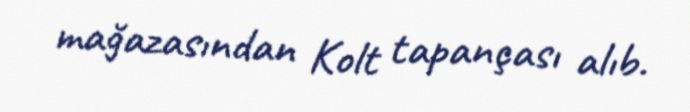
mağazasından Kolt tapançası alıb.